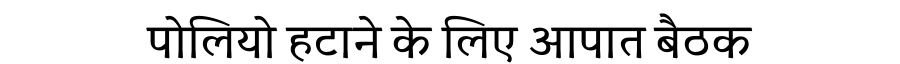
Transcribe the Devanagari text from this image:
पोलियो हटाने के लिए आपात बैठक